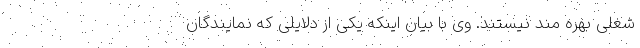
شغلی بهره مند نیستند. وی با بیان اینکه یکی از دلایلی که نمایندگان